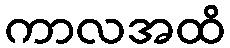
ကာလအထိ